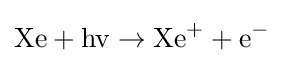
{\rm {Xe+hv\rightarrow Xe^{+}+e^{-}}}